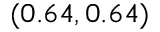
( 0 . 6 4 , 0 . 6 4 )